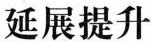
延展提升